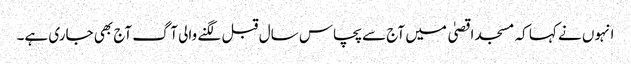
انہوں نے کہا کہ مسجد اقصیٰ میں آج سے پچاس سال قبل لگنے والی آگ آج بھی جاری ہے۔